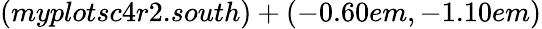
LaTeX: (myplotsc4r2.south)+(-0.60em,-1.10em)